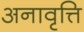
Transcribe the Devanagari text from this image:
अनावृत्ति